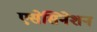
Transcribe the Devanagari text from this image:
एसेसिनेशन